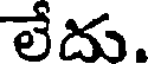
లేదు.